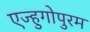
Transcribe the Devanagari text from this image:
एज्हुगोपुरम